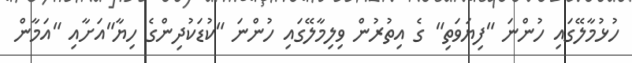
ހުޅުމާލޭގައި ހުންނަ "ފިޔަވަތި" ގެ އިތުރުން ވިލިމާލޭގައި ހުންނަ "ކުޑަކުދިންގެ ހިޔާ"އަށާއި "އަމާން